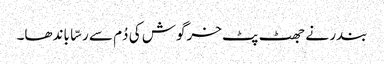
بندر نے جھٹ پٹ خرگوش کی دُم سے رسّا باندھا۔